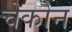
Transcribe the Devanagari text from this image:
चेकोन